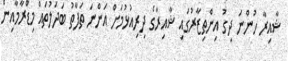
ޝާއިރާ ހުންނަ ދިގު އިންތިޒާރުގައި ޝާއިރާގެ ދިރިއުޅުމަށް އަންނަ ތަފާތު ބަދަލުތައް މިޑްރާމާއިން